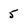
Character: 5